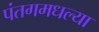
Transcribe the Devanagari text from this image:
पंतगमधल्या